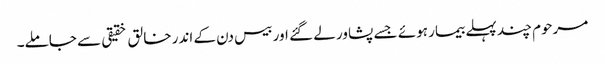
مرحوم چند پہلے بیمار ہوئے جسے پشاور لے گئے اور بیس دن کے اندر خالق خقیقی سے جاملے۔